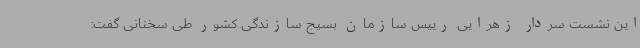
این نشست سردار زهرایی رییس سازمان بسیج سازندگی کشور طی سخنانی گفت: